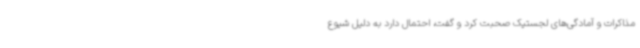
مذاکرات و آمادگی‌های لجستیک صحبت کرد و گفت، احتمال دارد به دلیل شیوع